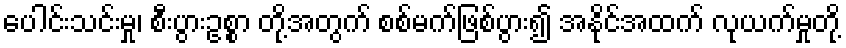
ပေါင်းသင်းမှု၊ စီးပွားဥစ္စာ တို့အတွက် စစ်မက်ဖြစ်ပွား၍ အနိုင်အထက် လုယက်မှုတို့